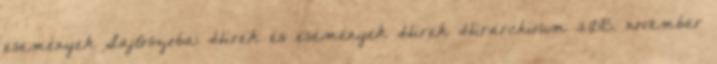
események Sajtószoba: Hírek és események Hírek Hírarchívum 2018. november